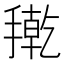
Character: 𭢇